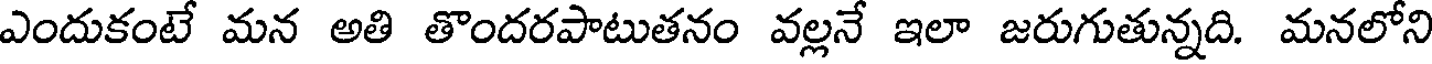
ఎందుకంటే మన అతి తొందరపాటుతనం వల్లనే ఇలా జరుగుతున్నది. మనలోని